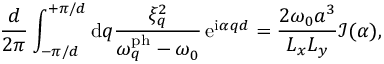
\frac { d } { 2 \pi } \int _ { - \pi / d } ^ { + \pi / d } \mathrm { d } q \frac { \xi _ { q } ^ { 2 } } { \omega _ { q } ^ { \mathrm { p h } } - \omega _ { 0 } } \, \mathrm { e } ^ { \mathrm { i } \alpha q d } = \frac { 2 \omega _ { 0 } a ^ { 3 } } { L _ { x } L _ { y } } \mathcal { I } ( \alpha ) ,